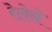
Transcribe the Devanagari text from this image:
रेलेसे